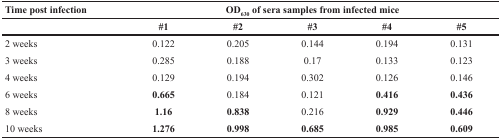
<table><thead><tr><td><b>Time post infection</b></td><td colspan="5"><b>OD<sub>630</sub> of sera samples from infected mice</b></td></tr><tr><td></td><td><b>#1</b></td><td><b>#2</b></td><td><b>#3</b></td><td><b>#4</b></td><td><b>#5</b></td></tr></thead><tbody><tr><td>2 weeks</td><td>0.122</td><td>0.205</td><td>0.144</td><td>0.194</td><td>0.131</td></tr><tr><td>3 weeks</td><td>0.285</td><td>0.188</td><td>0.17</td><td>0.133</td><td>0.123</td></tr><tr><td>4 weeks</td><td>0.129</td><td>0.194</td><td>0.302</td><td>0.126</td><td>0.146</td></tr><tr><td>6 weeks</td><td><b>0.665</b></td><td>0.184</td><td>0.121</td><td><b>0.416</b></td><td><b>0.436</b></td></tr><tr><td>8 weeks</td><td><b>1.16</b></td><td><b>0.838</b></td><td>0.216</td><td><b>0.929</b></td><td><b>0.446</b></td></tr><tr><td>10 weeks</td><td><b>1.276</b></td><td><b>0.998</b></td><td><b>0.685</b></td><td><b>0.985</b></td><td><b>0.609</b></td></tr></tbody></table>